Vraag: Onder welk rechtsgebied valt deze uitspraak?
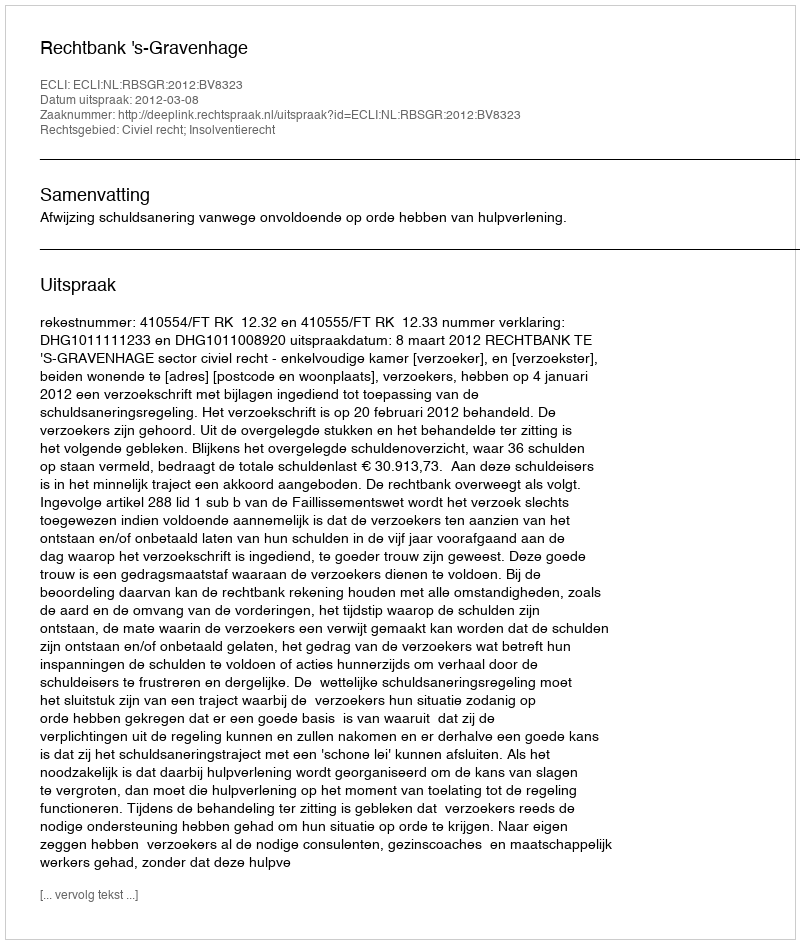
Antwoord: Civiel recht; Insolventierecht